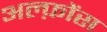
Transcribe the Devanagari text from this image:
अल्फ़ोंस